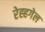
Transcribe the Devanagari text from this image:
रेह्हगेल